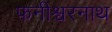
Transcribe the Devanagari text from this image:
फनीश्वरनाथ